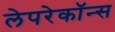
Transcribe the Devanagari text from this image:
लेपरेकॉन्स